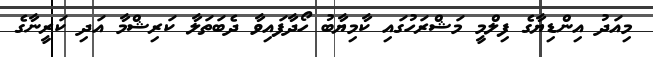
މިއަދު އިންޑިޔާގެ ފިލްމީ މަޝްރަހުގައި ކާމިޔާބު ހޯދާފައިވާ ދެބަތަލާ ކަރިޝްމާ އަދި ކަރީނާގެ